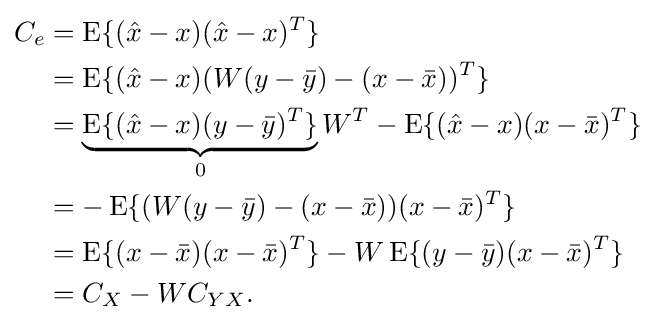
{\begin{aligned}C_{e}&=\operatorname {E} \{({\hat {x}}-x)({\hat {x}}-x)^{T}\}\\&=\operatorname {E} \{({\hat {x}}-x)(W(y-{\bar {y}})-(x-{\bar {x}}))^{T}\}\\&=\underbrace {\operatorname {E} \{({\hat {x}}-x)(y-{\bar {y}})^{T}\}} _{0}W^{T}-\operatorname {E} \{({\hat {x}}-x)(x-{\bar {x}})^{T}\}\\&=-\operatorname {E} \{(W(y-{\bar {y}})-(x-{\bar {x}}))(x-{\bar {x}})^{T}\}\\&=\operatorname {E} \{(x-{\bar {x}})(x-{\bar {x}})^{T}\}-W\operatorname {E} \{(y-{\bar {y}})(x-{\bar {x}})^{T}\}\\&=C_{X}-WC_{YX}.\end{aligned}}